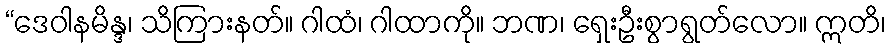
“ဒေဝါနမိန္ဒ၊ သိကြားနတ်။ ဂါထံ၊ ဂါထာကို။ ဘဏ၊ ရှေးဦးစွာရွတ်လော။ ဣတိ၊